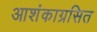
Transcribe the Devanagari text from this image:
आशंकाग्रसित